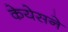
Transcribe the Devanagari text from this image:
केयेसने